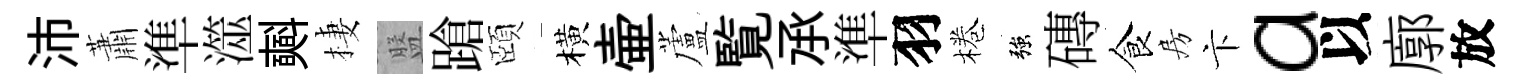
沛蕭準澨𣂏棲盤蹌頤橫壷蘆覧𠄘準羽棬強磚食房卞a以廓放